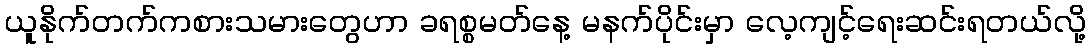
ယူနိုက်တက်ကစားသမားတွေဟာ ခရစ္စမတ်နေ့ မနက်ပိုင်းမှာ လေ့ကျင့်ရေးဆင်းရတယ်လို့